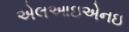
એલઆઇએનઇ